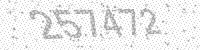
Solution: 257472